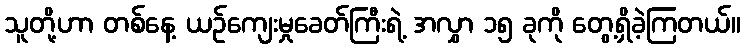
သူတို့ဟာ တစ်နေ့ ယဉ်ကျေးမှုခေတ်ကြီးရဲ့ အလွှာ ၁၅ ခုကို တွေ့ရှိခဲ့ကြတယ်။